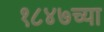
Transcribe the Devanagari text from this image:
१८४७च्या